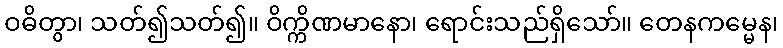
ဝဓိတွာ၊ သတ်၍သတ်၍။ ဝိက္ကိဏမာနော၊ ရောင်းသည်ရှိသော်။ တေနကမ္မေန၊